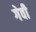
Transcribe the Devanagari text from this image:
गेवी